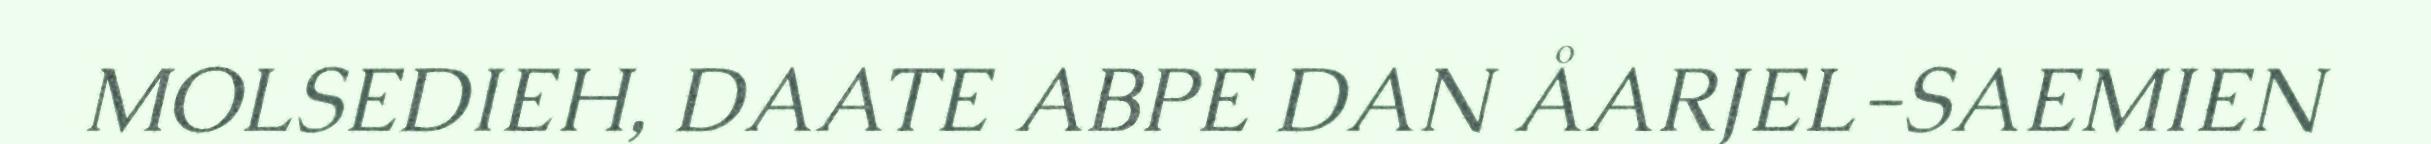
MOLSEDIEH, DAATE ABPE DAN ÅARJEL-SAEMIEN